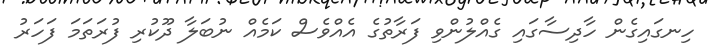
ހިނގައިގެން ހާދިސާގައި ގެއްލުންވި ފަރާތުގެ އެއްވެސް ކަމެއް ނުބަލާ ދޫކުރި ފުރަތަމަ ފަހަރު